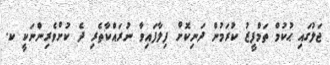
ޖަލުގައި ޙުކުމް ތަމްފީޒު ކުރަމުން ދަނިކޮށް ފިލާފައިވާ ނުރައްކާތެރި ދެ ކުށްވެރިންނަކީ ކ.